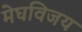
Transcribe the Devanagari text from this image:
मेघविजय